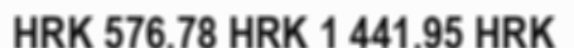
HRK 576.78 HRK 1 441.95 HRK